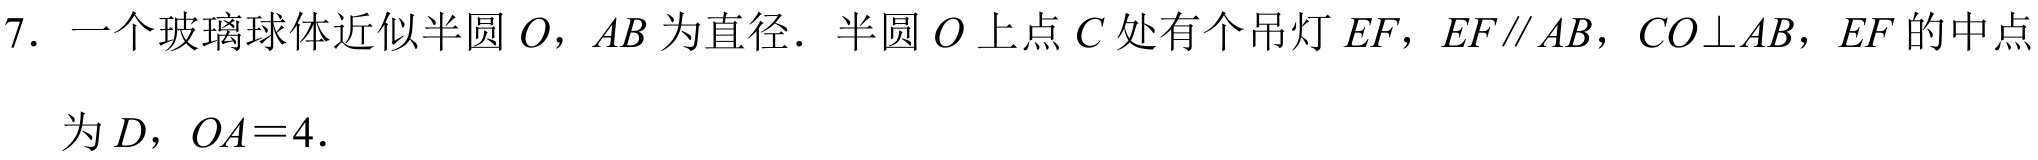
7. 一个玻璃球体近似半圆$O$，$AB$为直径．半圆$O$上点$C$处有个吊灯$EF$，$EF\parallel AB$，$CO\perp AB$，$EF$的中点
为$D$，$OA = 4$．